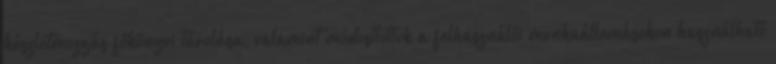
készletmozgás főkönyvi tárolása, valamint módosítottuk a felhasználói munkaállomásokon használható